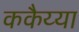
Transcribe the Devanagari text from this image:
ककैय्या